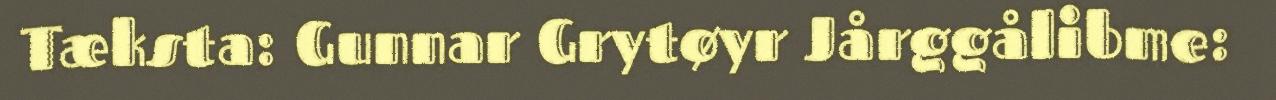
Tæksta: Gunnar Grytøyr Jårggålibme: